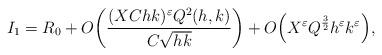
LaTeX: \begin{align*}I_1 = R_0 + O\bigg(\frac{ (XChk)^{\varepsilon} Q^{2} (h,k) }{C\sqrt{hk}}\bigg) + O\Big( X^{\varepsilon} Q^{\frac{3}{2}} h^{\varepsilon}k^{\varepsilon} \Big),\end{align*}